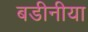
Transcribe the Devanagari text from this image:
बडीनीया